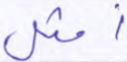
أمثل